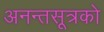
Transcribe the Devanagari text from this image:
अनन्तसूत्रको